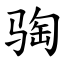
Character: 𫘦